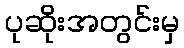
ပုဆိုးအတွင်းမှ